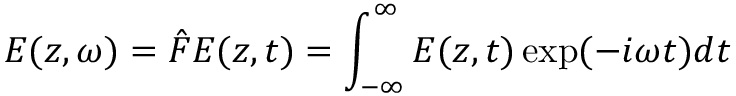
E ( z , \omega ) = \hat { F } E ( z , t ) = \int _ { - \infty } ^ { \infty } E ( z , t ) \exp ( - i \omega t ) d t